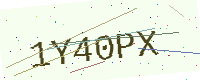
Text: 1Y40PX